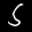
Label: 5